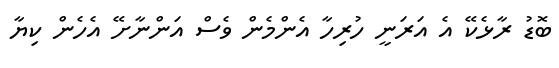
ބޮޑު ރާޅެކޭ އެ އަރަނީ ހުރިހާ އެންމެން ވެސް އަންނާށޭ އެހެން ކިޔާ